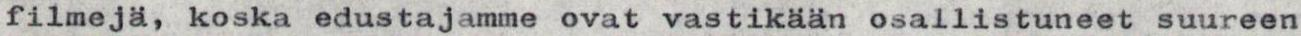
filmejä, koska edustajamme ovat vastikään osallistuneet suureen